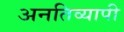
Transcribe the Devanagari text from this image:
अनतिव्यापी